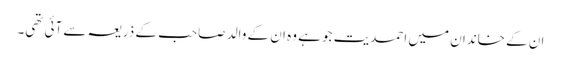
ان کے خاندان میں احمدیت جو ہے وہ ان کے والد صاحب کے ذریعہ سے آئی تھی۔